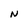
Character: N